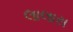
લાલાસ